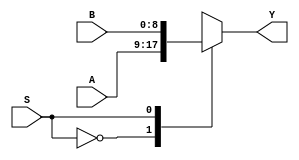
`define bits 9

module MUX2 (
	input [`bits-1:0] A, B,
	input S,
	output reg [`bits-1:0] Y
	);
	
	always @(*) begin
		case (S)
			1'b0: Y = A;
			1'b1: Y = B;
			default : Y = A;
		endcase
	end
endmodule